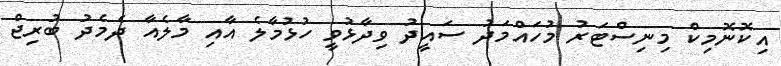
އިކޮނޮމިކް މިނިސްޓަރު މުހައްމަދު ސައީދު ވިދާޅުވީ ހުޅުމާލެ އާއި މާލެއާ ދެމެދު ބުރިޖް